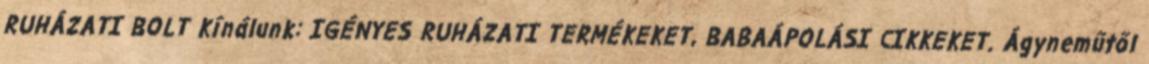
RUHÁZATI BOLT Kínálunk: IGÉNYES RUHÁZATI TERMÉKEKET, BABAÁPOLÁSI CIKKEKET. Ágyneműtől